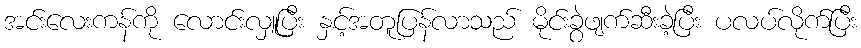
အင်းလေးကန်ကို လောင်းလှူပြီး နှင့်အတူပြန်လာသည် မိုင်းခွဲဖျက်ဆီးခဲ့ပြီး ပလပ်လိုက်ပြီး